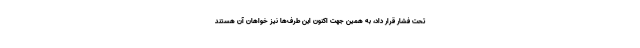
تحت فشار قرار داد، به همین جهت اکنون این طرف‌ها نیز خواهان آن هستند